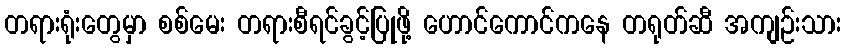
တရားရုံးတွေမှာ စစ်မေး တရားစီရင်ခွင့်ပြုဖို့ ဟောင်ကောင်ကနေ တရုတ်ဆီ အကျဉ်းသား